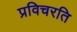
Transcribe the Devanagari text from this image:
प्रविचरति